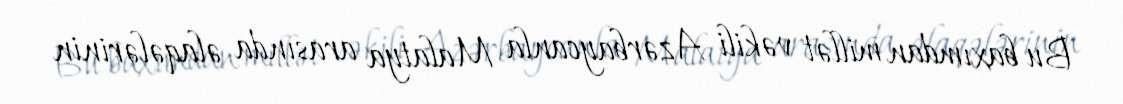
Bu baxımdan millət vəkili Azərbaycanla Malatya arasında əlaqələrinin